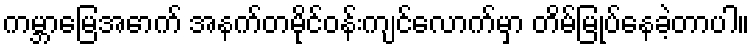
ကမ္ဘာမြေအောက် အနက်တမိုင်ဝန်းကျင်လောက်မှာ တိမ်မြုပ်နေခဲ့တာပါ။